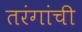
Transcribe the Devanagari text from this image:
तरंगांची